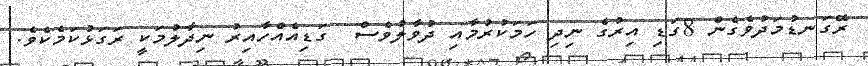
ރޭގަނޑުމަދުވެގެން 8ގަޑި އިރުގެ ނިދި ހަމަކުރުމާއި ދުވާލުވެސް  ގަޑިއެއްހާއިރު ނިދާލުމަކީ ރަގަޅުކަމެކެވެ.